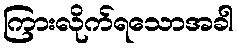
ကြားလိုက်ရသောအခါ